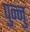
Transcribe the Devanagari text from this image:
पुन्नु